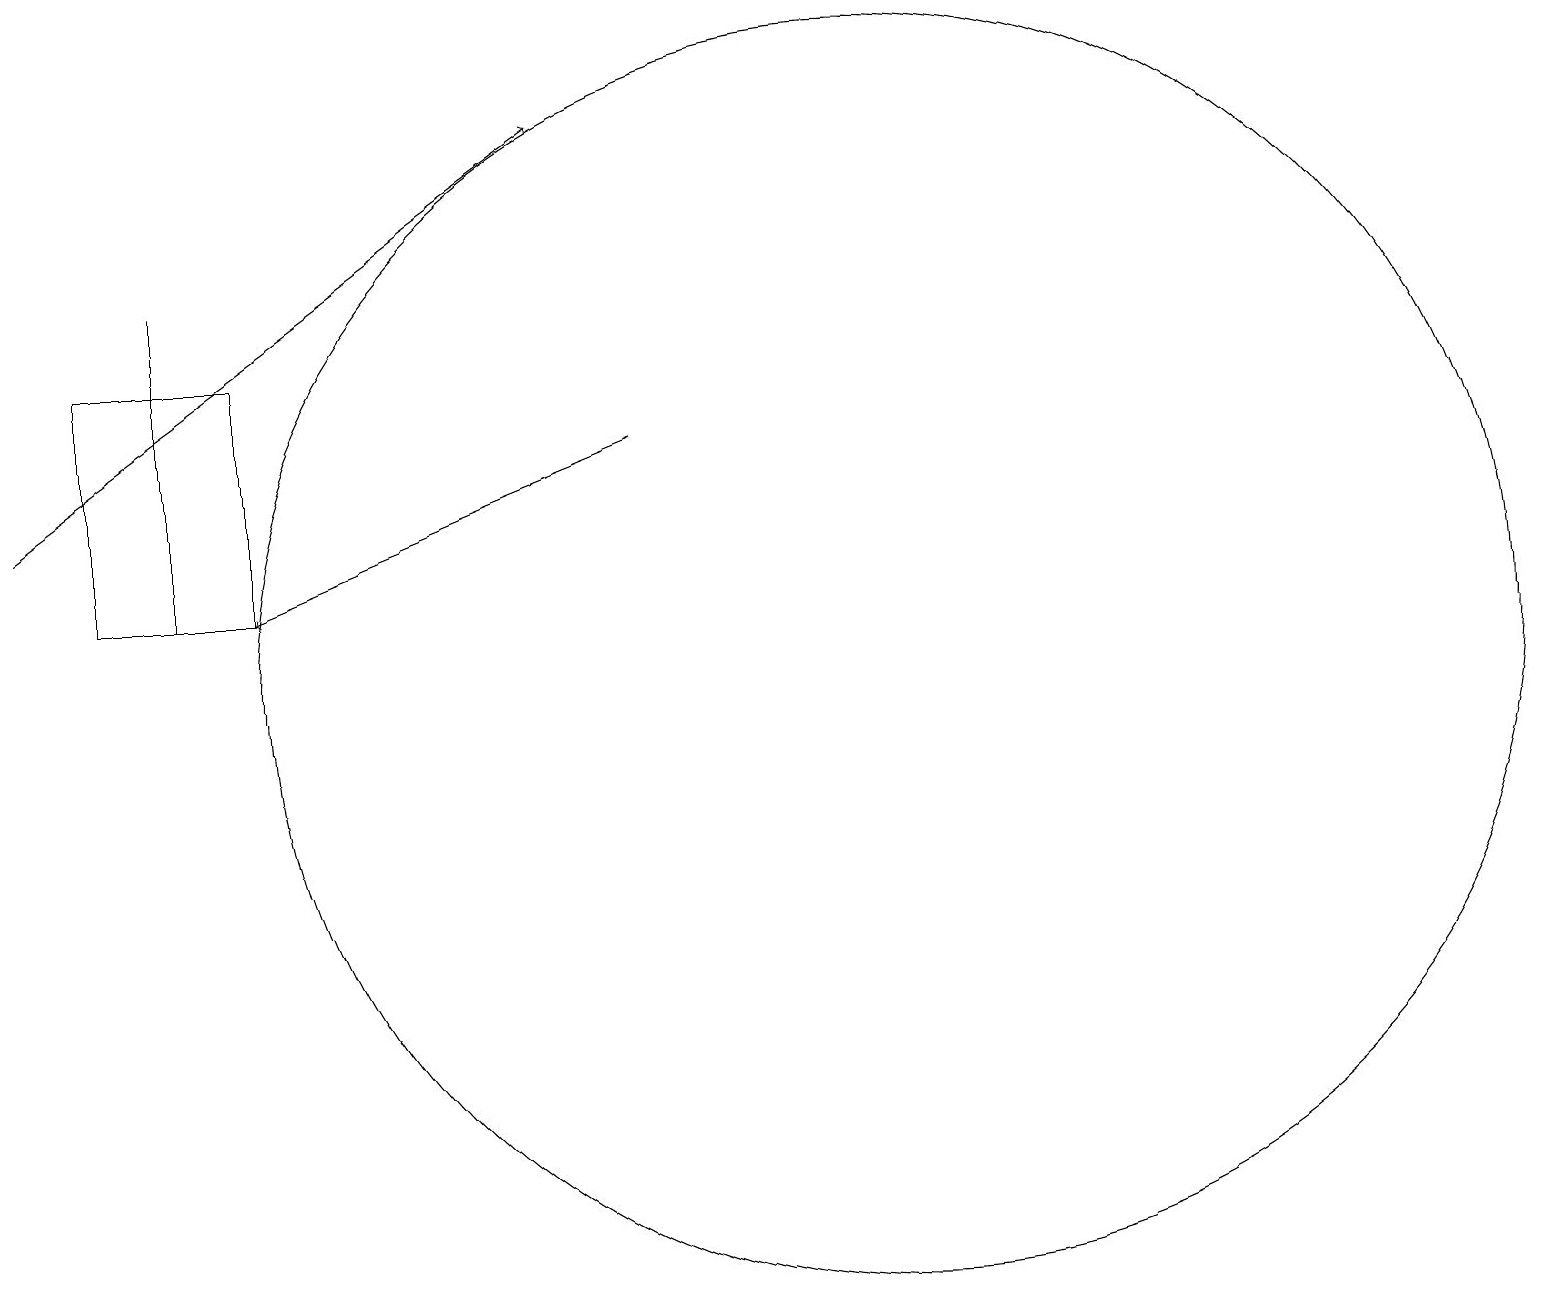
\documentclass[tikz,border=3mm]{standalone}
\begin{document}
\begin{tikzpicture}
\draw (12,12) circle (8);
\draw[->] (1,14) -- (8,19);
\draw[->] (9,15) -- (4,13);
\draw (3,17) rectangle (3,13);
\draw (4,16) rectangle (2,13);
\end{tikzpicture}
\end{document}